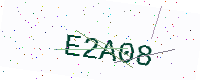
Text: E2A08